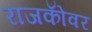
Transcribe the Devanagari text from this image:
राजकोँवर